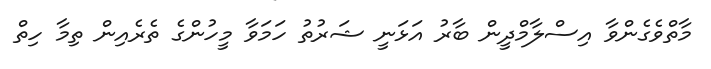
މާތްވެގެންވާ އިސްލާމްދީން ބާރު އަޅަނީ ޝަރުތު ހަމަވާ މީހުންގެ ތެރެއިން ތިމާ ހިތް